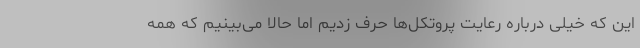
این که خیلی درباره رعایت پروتکل‌ها حرف زدیم اما حالا می‌بینیم که همه